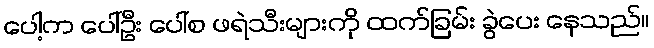
ပေါ့က ပေါ်ဦး ပေါ်စ ဖရဲသီးများကို ထက်ခြမ်း ခွဲပေး နေသည်။